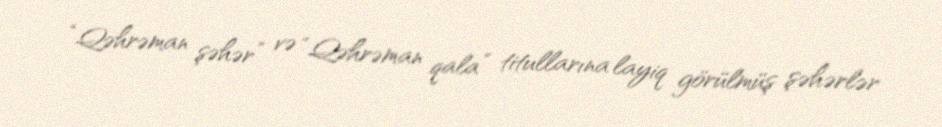
“Qəhrəman şəhər” və “Qəhrəman qala” titullarına layiq görülmüş şəhərlər